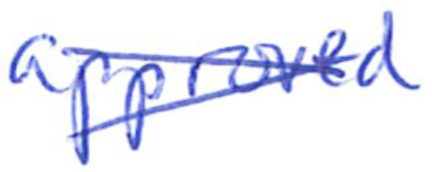
Text: approved
Cross-out: cross
Writing tool: ballpoint